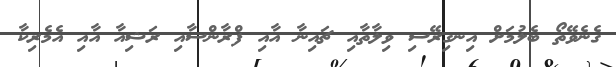
ގެނެވޭތޯ ބެލުމަށް އިނގިރޭސި ވިލާތާއި ޗައިނާ އާއި ފްރާންސާއި ރަޝިއާ އާއި އެމެރިކާ